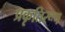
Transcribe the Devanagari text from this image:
प्रकृतिरूप